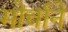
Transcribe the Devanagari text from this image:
मोर्चाने